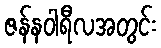
ဇန်နဝါရီလအတွင်း